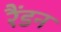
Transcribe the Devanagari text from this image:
रैंडन